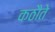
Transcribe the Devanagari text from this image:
कठौते